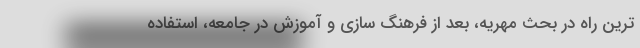
ترین راه در بحث مهریه، بعد از فرهنگ سازی و آموزش در جامعه، استفاده